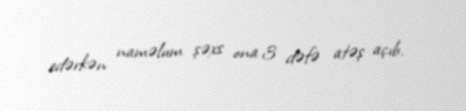
edərkən naməlum şəxs ona 3 dəfə atəş açıb.